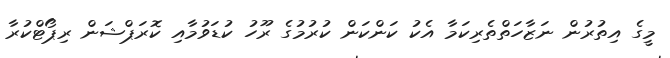
މީގެ އިތުރުން ނަޒާހަތްތެރިކަމާ އެކު ކަންކަން ކުރުމުގެ ރޫހު ކުޑަވުމާއި ކޮރަޕްޝަން ރިޕޯޓްކުރާ